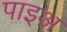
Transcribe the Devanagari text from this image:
पाइअ